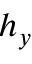
h _ { y }